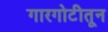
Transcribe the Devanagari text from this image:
गारगोटीतून